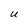
Character: U